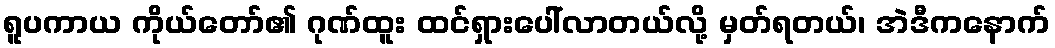
ရူပကာယ ကိုယ်တော်၏ ဂုဏ်ထူး ထင်ရှားပေါ်လာတယ်လို့ မှတ်ရတယ်၊ အဲဒီကနောက်